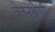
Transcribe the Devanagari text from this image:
वेतनश्रेणी